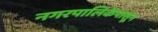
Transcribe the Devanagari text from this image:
नगरपालिकेपासून